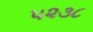
૫૨૩૮